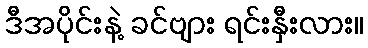
ဒီအပိုင်းနဲ့ ခင်ဗျား ရင်းနှီးလား။